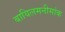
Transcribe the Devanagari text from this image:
बायिलमनीसांक